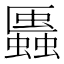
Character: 𧓨